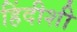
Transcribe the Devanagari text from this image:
हिंदीशी